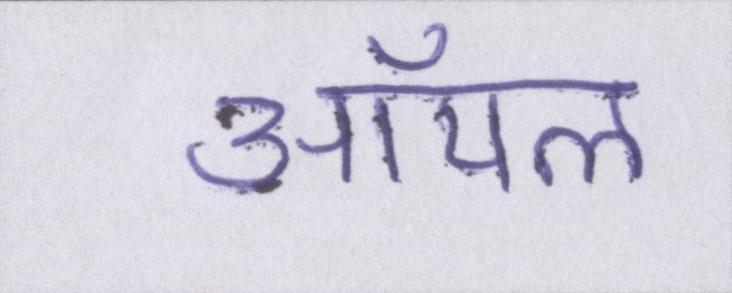
ऑयल